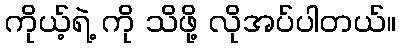
ကိုယ့်ရဲ့ ကို သိဖို့ လိုအပ်ပါတယ်။